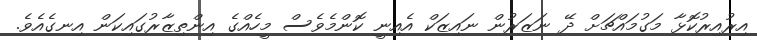
އިރުއިރުކޮޅާ މަގުމައްޗަށް ދޭ ނަޒަރުން ނައިޒަކް އެއިނީ ކޮންމެވެެސް މީހެއްގެ އިންތިޒާރުގައިކަން އިނގެއެވެ.